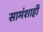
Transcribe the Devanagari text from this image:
सामंशाही